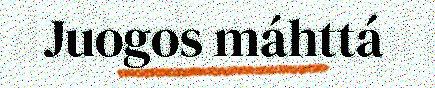
Juogos máhttá